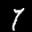
Label: 7